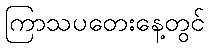
ကြာသပတေးနေ့တွင်